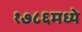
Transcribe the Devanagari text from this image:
१७८६मध्ये